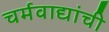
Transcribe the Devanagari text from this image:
चर्मवाद्यांची